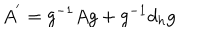
A ^ { ' } = g ^ { - 1 } A g + g ^ { - 1 } d _ { h } g